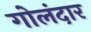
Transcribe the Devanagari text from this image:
गोलंदार